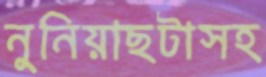
নুনিয়াছটাসহ